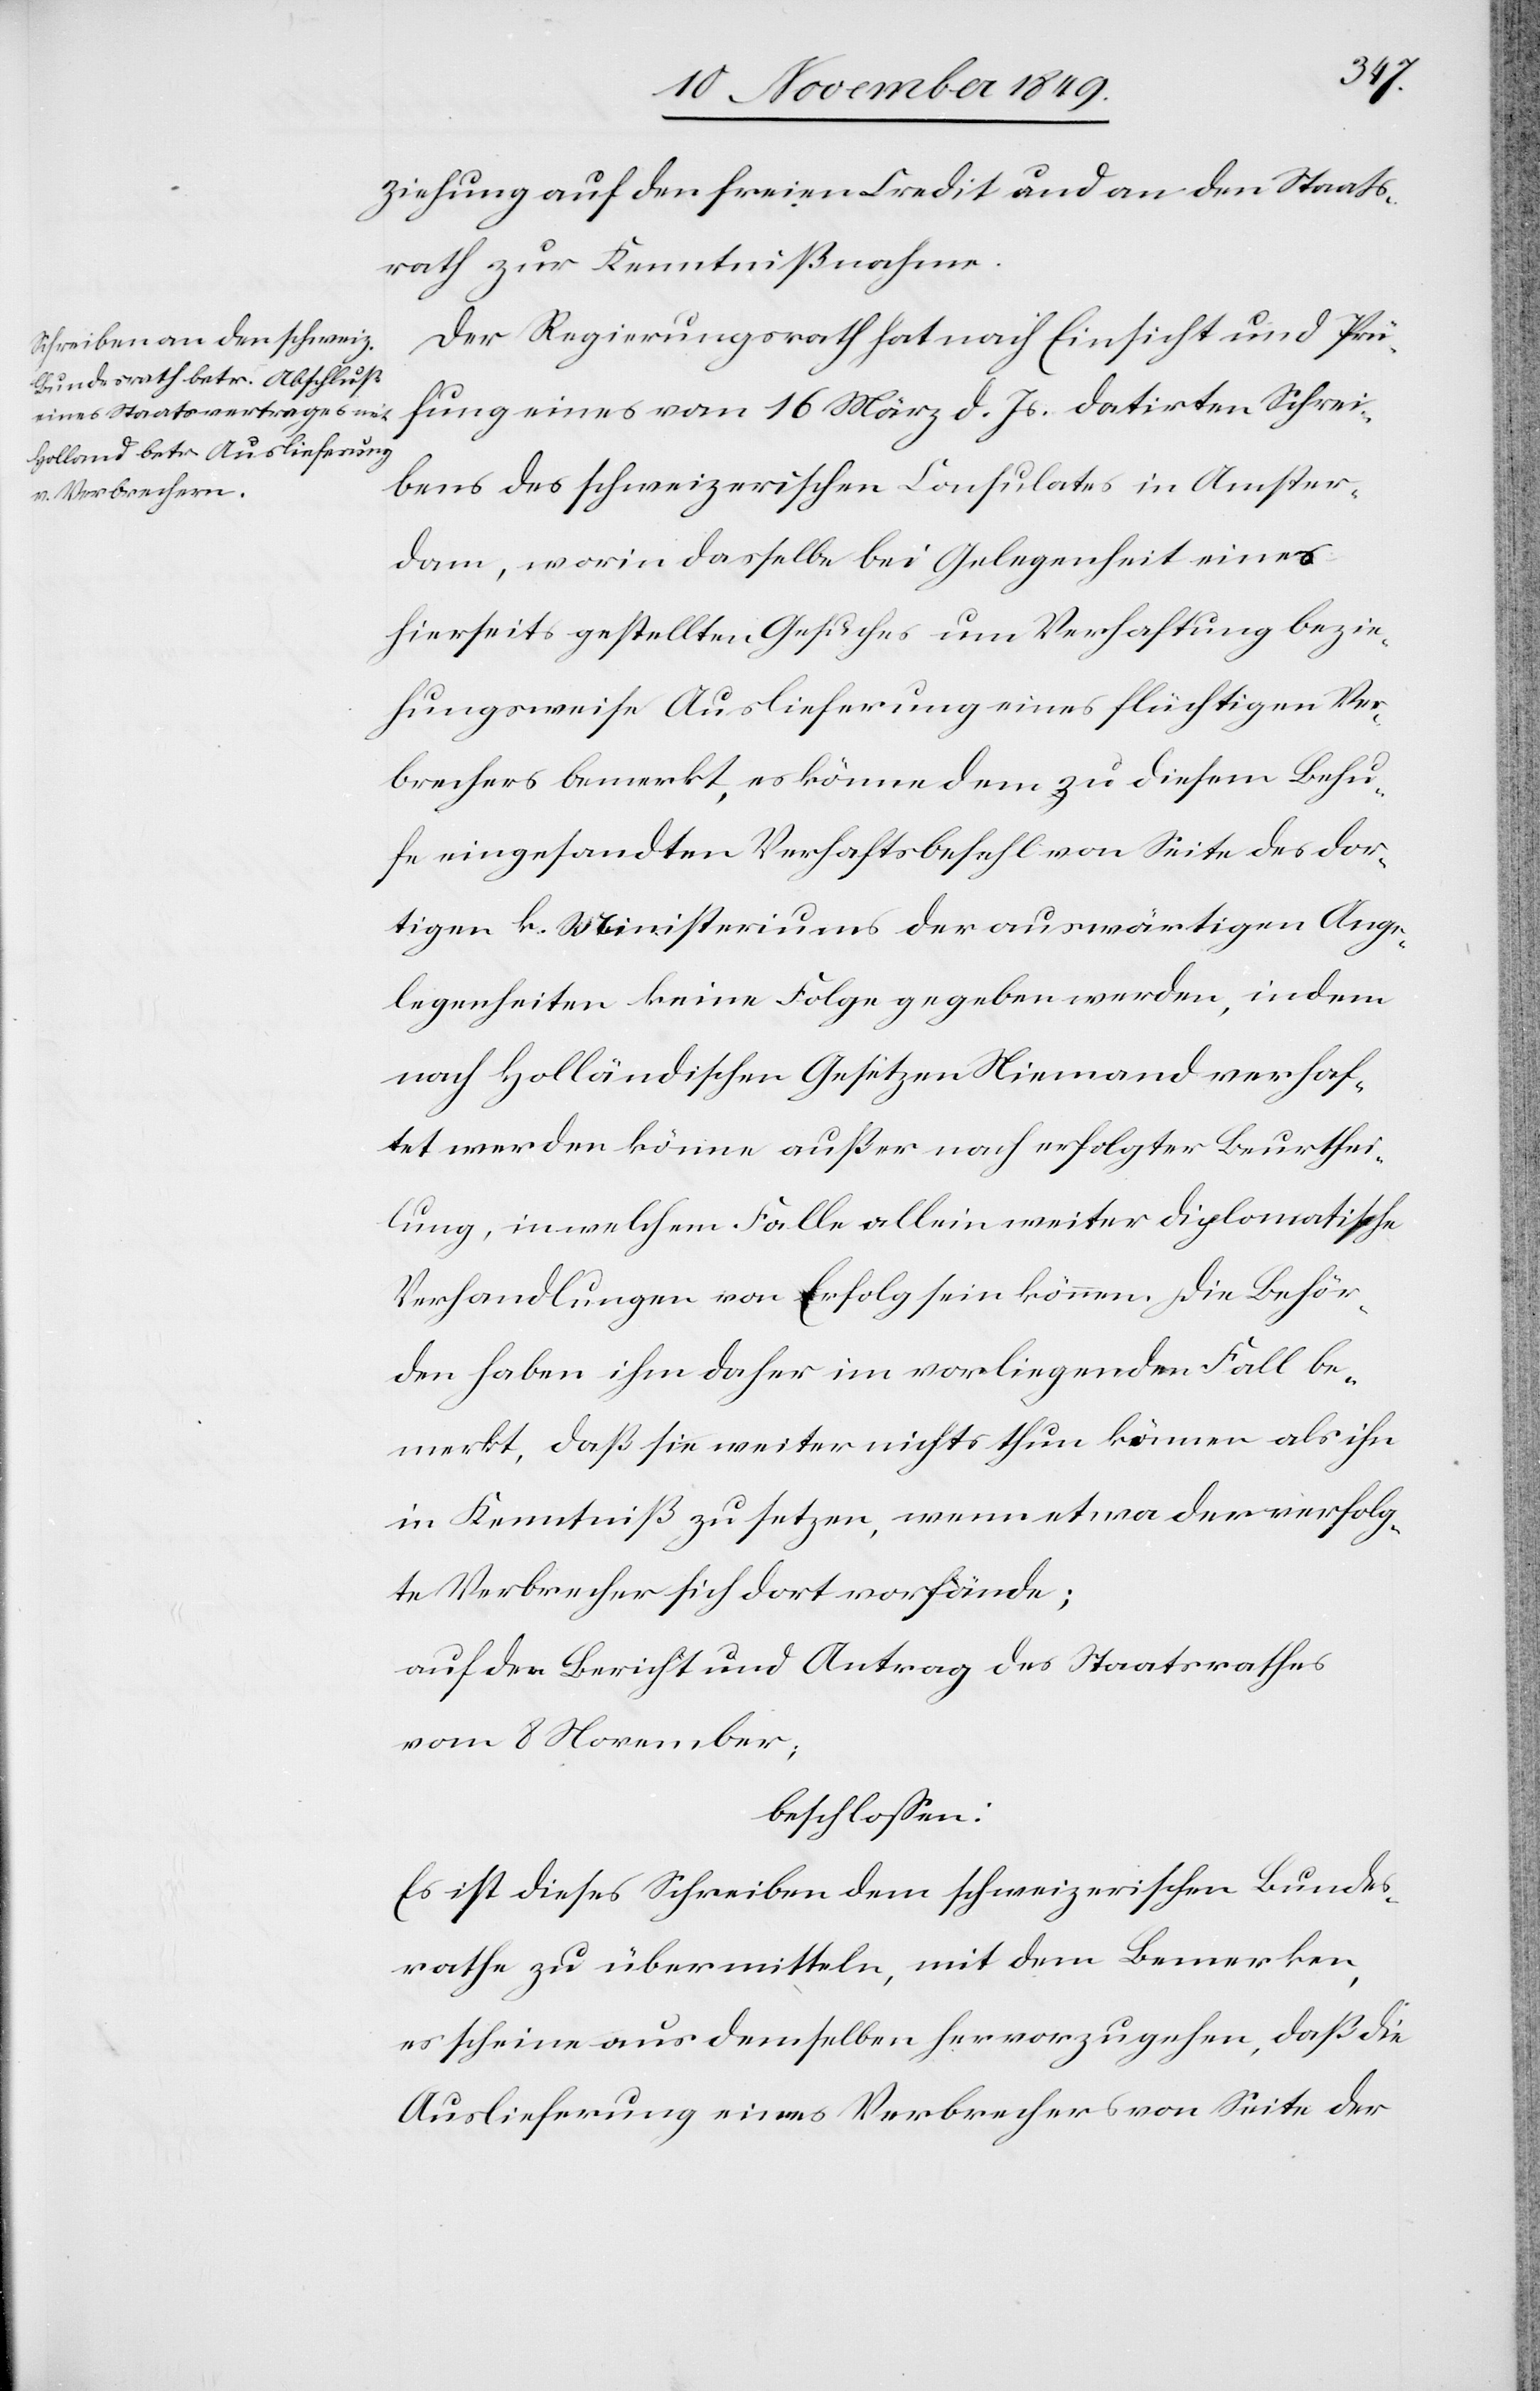
ziehung auf den freien Credit und an den Staats¬
rath zur Kenntnißnahme.
Der Regierungsrath hat nach Einsicht und Prü¬
fung eines vom 16 März d. Js. datirten Schrei¬
bens des schweizerischen Consulates in Amster¬
dam, worin dasselbe bei Gelegenheit eines
hierseits gestellten Gesuches um Verhaftung bezie¬
hungsweise Auslieferung eines flüchtigen Ver¬
brechers bemerkt, es könne dem zu diesem Behu¬
fe eingesandten Verhaftsbefehl von Seite des dor¬
tigen k. Ministeriums der auswärtigen Ange¬
legenheiten keine Folge gegeben werden, indem
nach holländischen Gesetzen Niemand verhaf¬
tet werden könne außer nach erfolgter Beurthei¬
lung, in welchem Falle allein weiter diplomatische
Verhandlungen von Erfolg sein können. Die Behör¬
den haben ihm daher im vorliegenden Fall be¬
merkt, daß sie weiter nichts thun können als ihn
in Kenntniß zu setzen, wenn etwa der verfolg¬
te Verbrecher sich dort vorfände;
auf den Bericht und Antrag des Staatsrathes
vom 8 November
beschloßen:
Es ist dieses Schreiben dem schweizerischen Bundes¬
rathe zu übermitteln, mit dem Bemerken,
es scheine aus demselben hervorzugehen, daß die
Auslieferung eines Verbrechers von Seite der